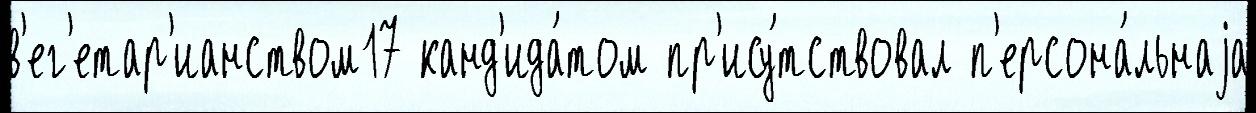
в'ег'етар'ианством17 канд'ида́том пр'ису́тствовал п'ерсона́льнаjа